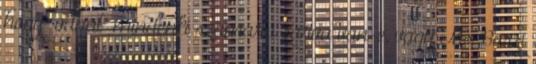
hogy “odaát” mindenki számára zárva van-e, vagy Ms Boszi